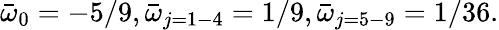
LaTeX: \bar{\omega}_{0}=-5/9,\bar{\omega}_{j=1-4}=1/9,\bar{\omega}_{j=5-9}=1/36.